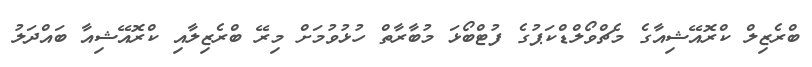
ބްރެޒިލް ކްރޮއޭޝިއާގެ މެޗްވޯލްޑްކަޕުގެ ފުޓްބޯޅަ މުބާރާތް ހުޅުވުމަށް މިރޭ ބްރެޒިލާއި ކްރޮއޭޝިއާ ބައްދަލު